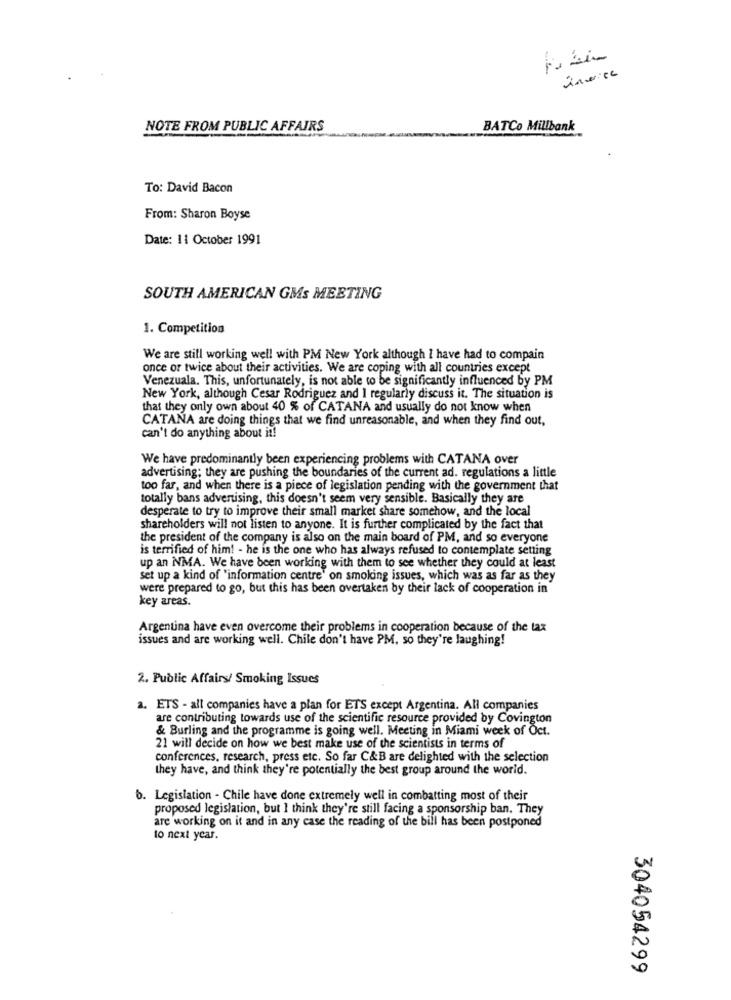
NOTE FROM PUBLIC AFFAIRS
BATCo Millbank
To: David Bacon
From: Sharon Boyse
Date: 11 October 1991
SOUTH AMERICAN GMs MEETING
1. Competition
We are still working well with PM New York although I have had to compain
once or twice about their activities. We are coping with all countries except
Venezuala. This, unfortunately, is not able to be significantly influenced by PM
New York, although Cesar Rodriguez and I regularly discuss it. The situation is
that they only own about 40 % of CATANA and usually do not know when
CATANA are doing things that we find unreasonable, and when they find out,
can't do anything about it!
We have predominantly been experiencing problems with CATANA over
advertising; they are pushing the boundaries of the current ad. regulations a little
too far, and when there is a piece of legislation pending with the government that
totally bans advertising, this doesn't seem very sensible. Basically they are
desperate to try to improve their small market share somehow, and the local
shareholders will not listen to anyone. It is further complicated by the fact that
the president of the company is also on the main board of PM, and so everyone
is terrified of him! - he is the one who has always refused to contemplate setting
up an NMA. We have been working with them to see whether they could at least
set up a kind of "information centre' on smoking issues, which was as far as they
were prepared to go, but this has been overtaken by their lack of cooperation in
key areas.
Argentina have even overcome their problems in cooperation because of the tax
issues and are working well. Chile don't have PM, so they're laughing!
2. Public Affairs/ Smoking Issues
a. ETS - all companies have a plan for ETS except Argentina. All companies
are contributing towards use of the scientific resource provided by Covington
& Burling and the programme is going well. Meeting in Miami week of Oct.
21 will decide on how we best make use of the scientists in terms of
conferences, research, press etc. So far C&B are delighted with the selection
they have, and think they're potentially the best group around the world.
6. Legislation - Chile have done extremely well in combatting most of their
proposed legislation, but I think they're still facing a sponsorship ban. They
are working on it and in any case the reading of the bill has been postponed
to next year.
304054299